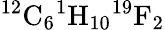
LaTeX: {}^{12}\mathrm{C}_{6}{}^{1}\mathrm{H}_{10}{}^{19}\mathrm{F}_{2}